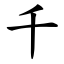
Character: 千